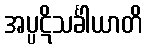
အပ္ပဋိသင်္ခါယာတိ